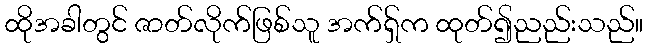
ထိုအခါတွင် ဇာတ်လိုက်ဖြစ်သူ အက်ရှ်က ထုတ်၍ညည်းသည်။